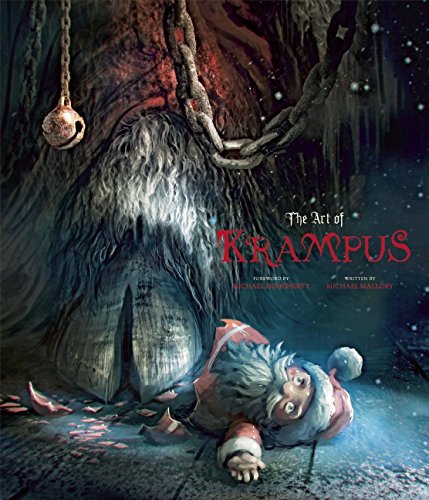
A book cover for The Art of Krampus; Michael Mallory; Arts & Photography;